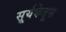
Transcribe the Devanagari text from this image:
सूर्यकेतूस